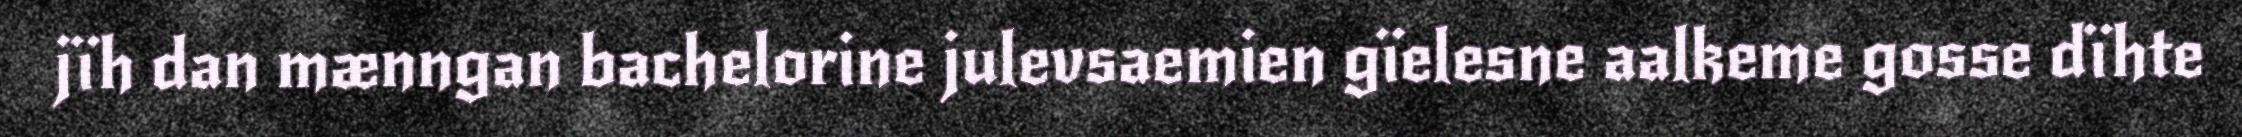
jïh dan mænngan bachelorine julevsaemien gïelesne aalkeme gosse dïhte